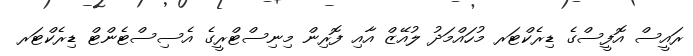
ރައީސް އޮފީސްގެ ޑިރެކްޓަރ މުހައްމަދު ލުއޭޒް އާއި ފޮރިން މިނިސްޓްރީގެ އެސިސްޓެންޓް ޑިރެކްޓަރ